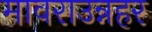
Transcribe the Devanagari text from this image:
मावराउन्नहर